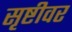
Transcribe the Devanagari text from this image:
सृष्टीवर